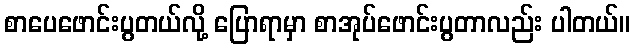
စာပေဖောင်းပွတယ်လို့ ပြောရာမှာ စာအုပ်ဖောင်းပွတာလည်း ပါတယ်။